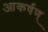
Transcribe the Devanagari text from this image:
आकर्षण्